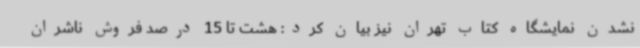
نشدن نمایشگاه کتاب تهران نیز بیان کرد: هشت تا 15 درصد فروش ناشران